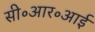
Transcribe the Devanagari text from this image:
सी॰आर॰आई